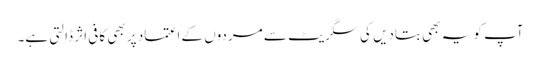
آپ کو یہ بھی بتادیں کی سگریٹ سے مردوں کے اعتماد پر بھی کافی اثر ڈالتی ہے۔